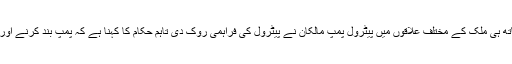
دوسری جانب پیٹرولیم مصنوعات کی قیمتوں میں کمی کے اعلان کے ساتھ ہی ملک کے مختلف علاقوں میں پیٹرول پمپ مالکان نے پیٹرول کی فراہمی روک دی تاہم حکام کا کہنا ہے کہ پمپ بند کرنے اور زائد قیمتوں پر فروخت کرنے والوں کے خلاف کارروائی کی جائے گی۔